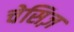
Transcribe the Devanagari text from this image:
चेसिज़